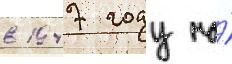
в 1947 году на́